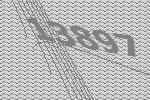
13897